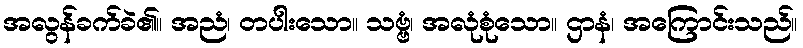
အလွန်ခက်ခဲ၏။ အညံ၊ တပါးသော။ သဗ္ဗံ၊ အလုံစုံသော။ ဌာနံ၊ အကြောင်းသည်။